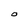
Character: O